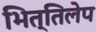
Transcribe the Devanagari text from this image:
भित्तिलेप